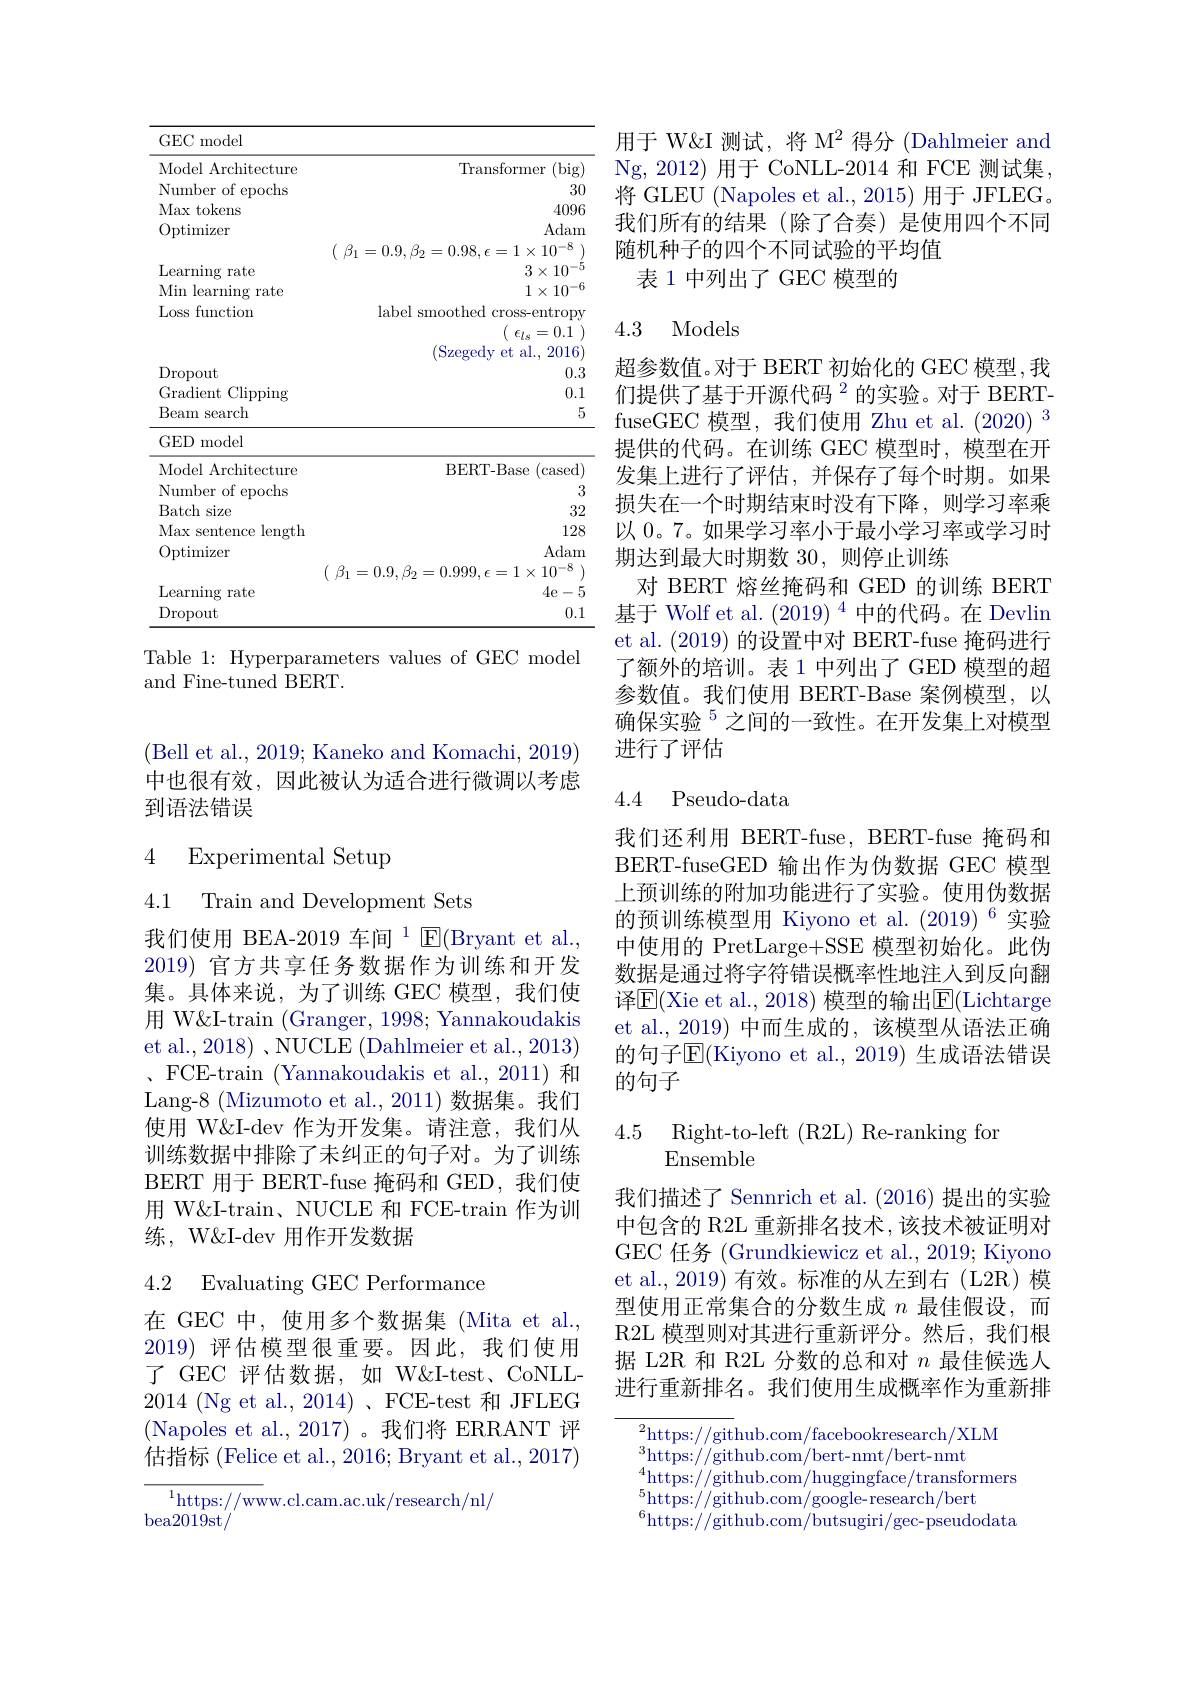
<table>
	<tbody>
		<tr>
			<td>Model Architecture</td>
			<td>Transformer (big)</td>
		</tr>
		<tr>
			<td>Number of epochs</td>
			<td>30</td>
		</tr>
		<tr>
			<td>Max tokens</td>
			<td>4096</td>
		</tr>
		<tr>
			<td>Optimizer</td>
			<td>Adam</td>
		</tr>
		<tr>
			<td> </td>
			<td>$\beta_{1}=0.9,\beta_{2}=$ $=0.98.\epsilon=1\times10^{-8}$</td>
		</tr>
		<tr>
			<td>Learning rate</td>
			<td>$3\times10^{-5}$</td>
		</tr>
		<tr>
			<td>Min learning rate</td>
			<td>$1\times10^{-6}$</td>
		</tr>
		<tr>
			<td>Loss function</td>
			<td>label smoothed cross-entropy</td>
		</tr>
		<tr>
			<td> </td>
			<td>$\epsilon_{ls}=0.1$</td>
		</tr>
		<tr>
			<td> </td>
			<td>( Szegedy et al. , 2016</td>
		</tr>
		<tr>
			<td>Dropout</td>
			<td>0.3</td>
		</tr>
		<tr>
			<td>Clipping Gradient</td>
			<td>0.1</td>
		</tr>
		<tr>
			<td>Beam search</td>
			<td>5</td>
		</tr>
		<tr>
			<td>$GED$ model</td>
			<td> </td>
		</tr>
		<tr>
			<td>Model Architecture</td>
			<td>BERT- Base ( cased) </td>
		</tr>
		<tr>
			<td>Number of epochs</td>
			<td>3</td>
		</tr>
		<tr>
			<td>Batch s size </td>
			<td>32</td>
		</tr>
		<tr>
			<td>Max sentence ${\mathrm{e~length}}$</td>
			<td>128</td>
		</tr>
		<tr>
			<td>Optimizer</td>
			<td>Adam</td>
		</tr>
		<tr>
			<td> </td>
			<td>$\beta_{1}=0.9.\beta_{2}$ - $=0.999,\epsilon=1\times10^{-8}$</td>
		</tr>
		<tr>
			<td>Learning s rate</td>
			<td>4e-5</td>
		</tr>
		<tr>
			<td>Dropout</td>
			<td>0.1</td>
		</tr>
	</tbody>
</table>
Table 1: Hyperparameters values of GEC model

and Fine-tuned BERT.

(Bell et al., 2019; Kaneko and Komachi, 2019) 中也很有效，因此被认为适合进行微调以考虑到语法错误

4 Experimental Setup

4.1 Train and Development Sets

我们使用 BEA-2019 车间$^{1}$E(Bryant et al., 2019)官方共享任务数据作为训练和开发集。具体来说，为了训练 GEC 模型，我们使用 W&I-train (Granger, 1998; Yannakoudakis et al., 2018) 、NUCLE (Dahlmeier et al., 2013) 、 FCE- train ( Yannakoudakis et al. , 2011) 和Lang-8 (Mizumoto et al., 2011) 数据集。我们使用 W&I-dev 作为开发集。请注意，我们从训练数据中排除了未纠正的句子对。为了训练BERT 用于 BERT-fuse 掩码和 GED,我们使用 W&I-train、NUCLE 和 FCE-train 作为训练，W&I-dev 用作开发数据

## 4.2 Evaluating GEC Performance

在 GEC 中，使用多个数据集 (Mita et al. 2019)评估模型很重要。因此，我们使用了 GEC 评估数据，如 W&I-test、CoNLL- 2014 (Ng et al., 2014)、FCE-test 和 JFLEG (Napoles et al.,2017)。我们将 ERRANT 评估指标 (Felice et al., 2016; Bryant et al., 2017)

$^1$https://www.cl.cam.ac.uk/research/nl/

bea201$\tilde{9}$st/

用于 W&I 测试，将 M$^2$得分 (Dahlmeier and Ng,2012) 用于 CoNLL-2014 和 FCE 测试集将 GLEU (Napoles et al., 2015) 用于 JFLEG。我们所有的结果(除了合奏)是使用四个不同随机种子的四个不同试验的平均值
表 1 中列出了 GEC 模型的

### 4.3 Models

超参数值。对于 BERT 初始化的 GEC 模型 ,我们提供了基于开源代码$^2$的实验。对于 BERTfuseGEC 模型，我们使用 Zhu et al. (2020) 3提供的代码。在训练 GEC 模型时，模型在开发集上进行了评估，并保存了每个时期。如果损失在一个时期结束时没有下降，则学习率乘以 0。7。如果学习率小于最小学习率或学习时期达到最大时期数 30, 则停止训练
对 BERT 熔丝掩码和 GED 的训练 BERT 基于 Wolf et al. $(2019)^{4}$中的代码。在 Devlin et al. (2019)的设置中对 BERT-fuse 掩码进行了额外的培训。表 1 中列出了 GED 模型的超参数值。我们使用 BERT-Base 案例模型，以确保实验$^{5}$之间的一致性。在开发集上对模型进行了评估

## 4.4 Pseudo-data

我们还利用 BERT-fuse, BERT-fuse 掩码和BERT-fuseGED 输出作为伪数据 GEC 模型上预训练的附加功能进行了实验。使用伪数据的预训练模型用 Kiyono et al. $(2019)^{6}$实验中使用的 PretLarge+SSE 模型初始化。此伪数据是通过将字符错误概率性地注人到反向翻译$\operatorname{E}($Xie et al., 2018) 模型的输出$\operatorname{E}($Lichtarge et al.,2019) 中而生成的，该模型从语法正确的句子$\overline{\mathrm{E}}($Kiyono et al., 2019) 生成语法错误的句子

4.5 Right-to-left(R2L)Re-ranking for
## Ensemble

我们描述了 Sennrich et al. (2016) 提出的实验中包含的 R2L 重新排名技术，该技术被证明对GEC 任务 (Grundkiewicz et al., 2019; Kiyono et al., 2019) 有效。标准的从左到右(L2R)模型使用正常集合的分数生成$n$最佳假设，而R2L 模型则对其进行重新评分。然后，我们根据 L2R 和 R2L 分数的总和对$n$最佳候选人进行重新排名。我们使用生成概率作为重新排

${\overline{{^2}\text{https:}//\text{git}}}$hub.com/facebookresearch/XLM
https: / / github. com/ bert- nmt/ bert- nmt 41-(1-1-1-1-1-1-1-1)
$^{4}$https://github.com/huggingface/transformers
$^{\mathrm{ntopo.//gronuccom/nuggmgrac/orunon}}$https://github.com/google-research/bert
$^{6}$https://github.com/butsugiri/gec-pseudodata